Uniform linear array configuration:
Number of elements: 24
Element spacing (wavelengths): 0.75
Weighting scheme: hamming
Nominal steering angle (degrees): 15
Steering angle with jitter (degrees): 16.859
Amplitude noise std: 0.05
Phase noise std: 0.05

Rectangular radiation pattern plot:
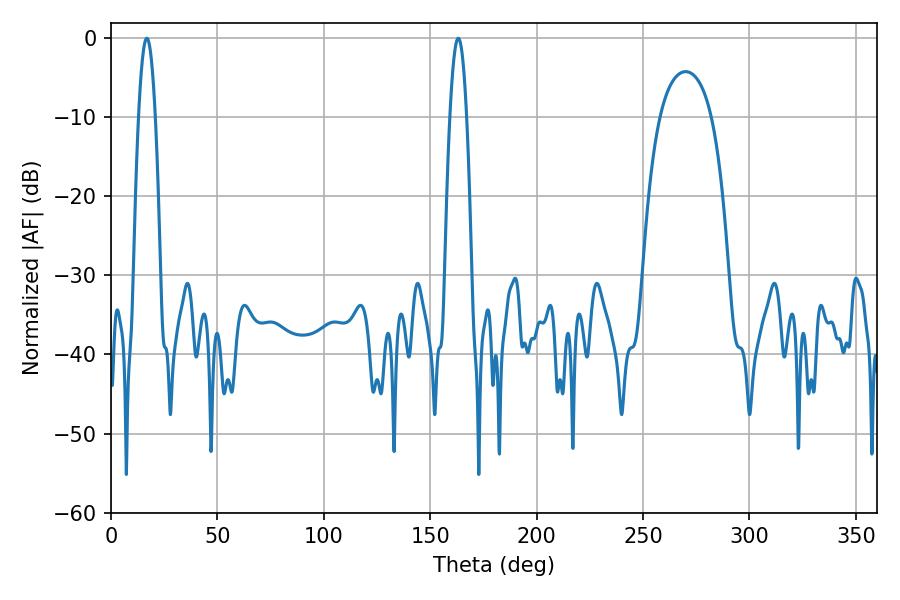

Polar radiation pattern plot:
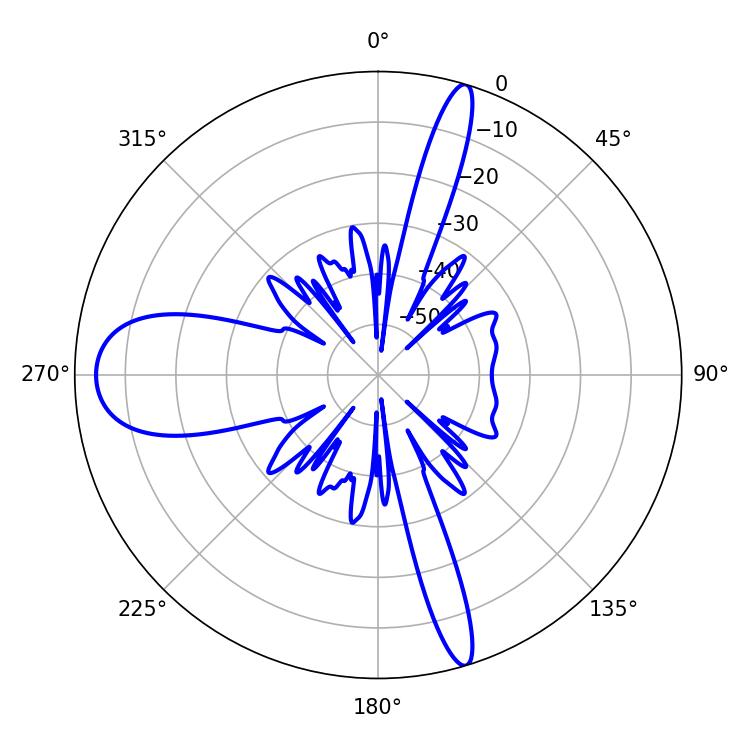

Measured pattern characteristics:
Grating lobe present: TRUE
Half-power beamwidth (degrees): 4.14
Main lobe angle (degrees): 16.74